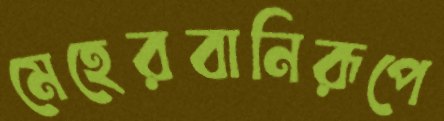
মেহেরবানিরূপে